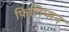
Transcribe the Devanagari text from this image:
फिलिप्सन